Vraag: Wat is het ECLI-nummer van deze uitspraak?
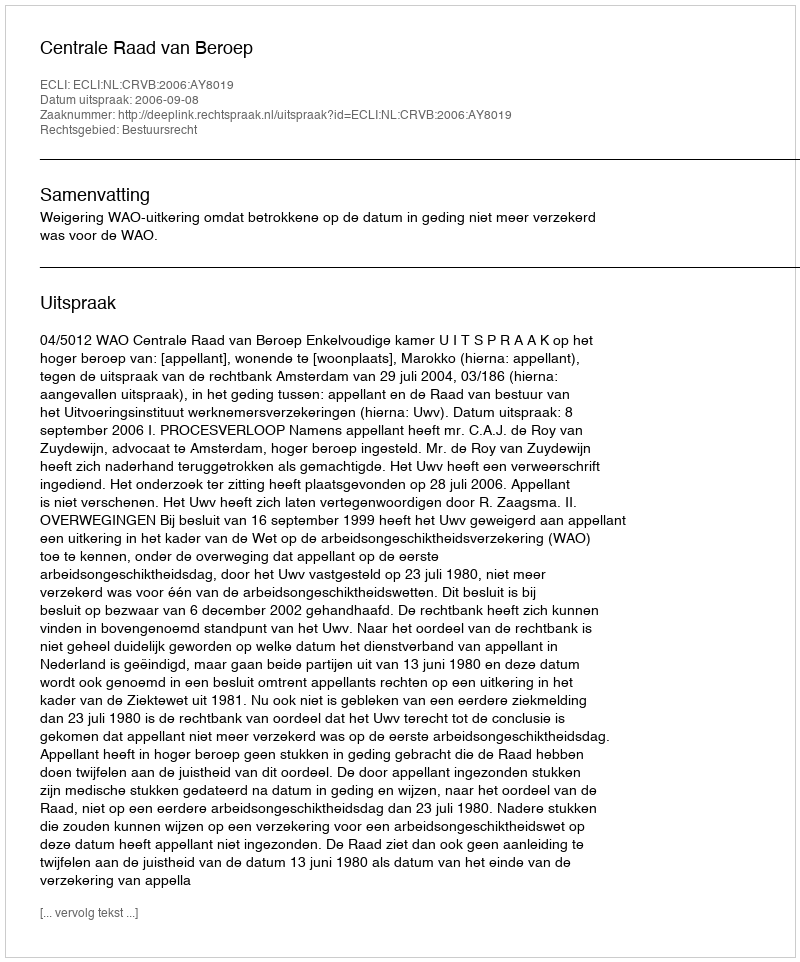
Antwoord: ECLI:NL:CRVB:2006:AY8019